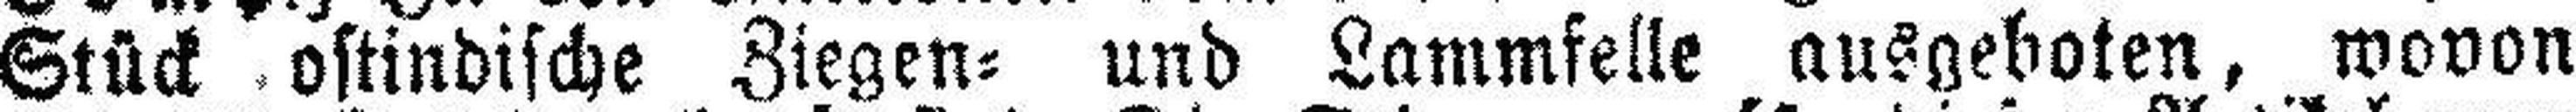
Stück ostindische Ziegen= und Lammfelle ausgeboten, wovon